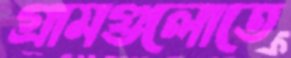
গ্রামগুলোতে